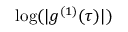
\log ( | g ^ { ( 1 ) } ( \tau ) | )